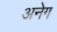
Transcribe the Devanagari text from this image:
अनेग